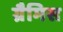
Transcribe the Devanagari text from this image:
ग्रैमिस